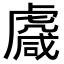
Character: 𧇱